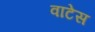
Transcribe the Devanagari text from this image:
वाटेस